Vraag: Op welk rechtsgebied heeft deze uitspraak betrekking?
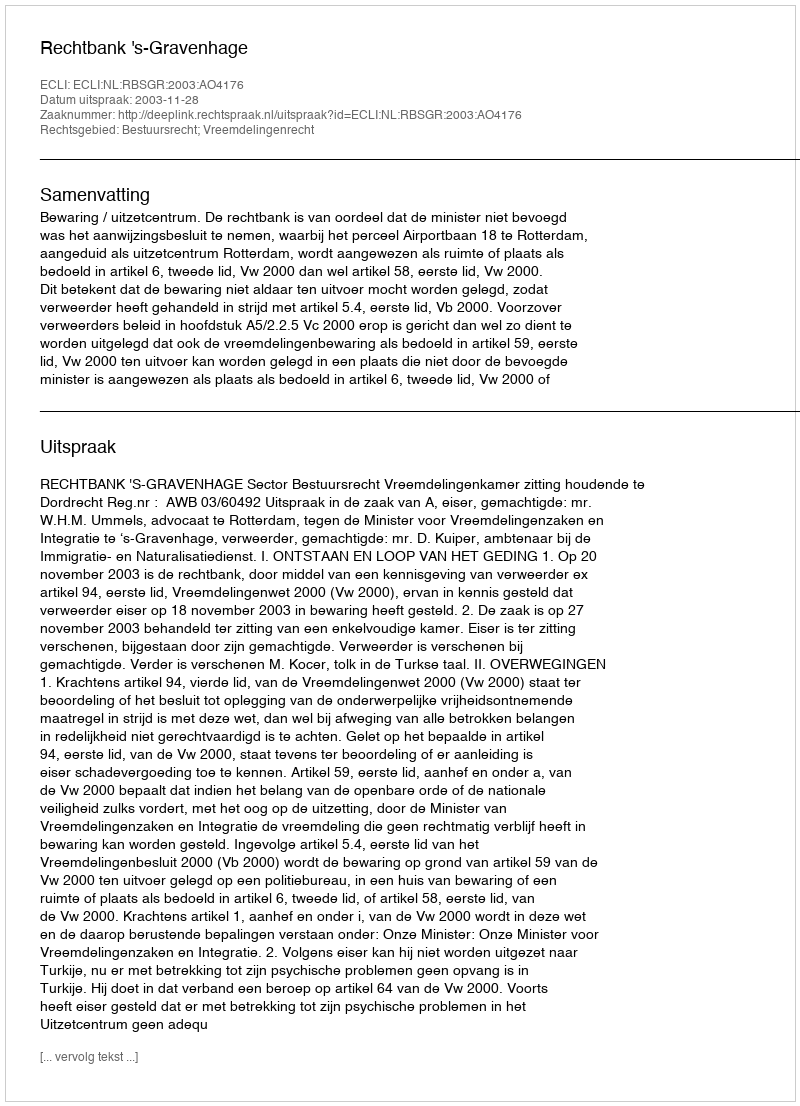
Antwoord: Bestuursrecht; Vreemdelingenrecht